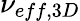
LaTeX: \nu_{eff,3D}